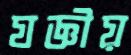
যজ্ঞীয়